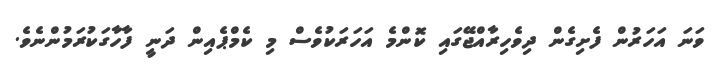
ވަނަ އަހަރުން ފެށިގެން ދިވެހިރާއްޖޭގައި ކޮންމެ އަހަރަކުވެސް މި ކެމްޕެއިން ދަނީ ފާހާގަކުރަމުންނެވެ.